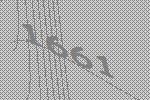
1661